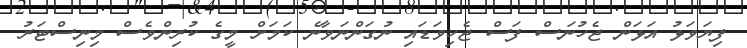
ފިޔަވަޅު އަޅަން ޖެހުނަސް ފަސް ޖެހިވަޑައި ނުގަންނަވާނެ ކަމަށް މީގެ ކުރިންވެސް މިނިސްޓަރު